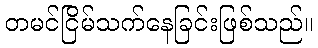
တမင်ငြိမ်သက်နေခြင်းဖြစ်သည်။